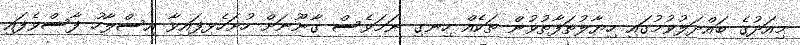
މިއަދުގެ ބައްދަލުވުމުގައި ހިޔާލުތަފާތުވުން ތަކެއް ހިނގި ނަމަވެސް ގާނޫނަށް ހުށަހެޅިފައިވާ އިސްލާހު ފާސްވެފައި